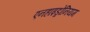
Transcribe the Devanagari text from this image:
एनहाइड्रोनियम